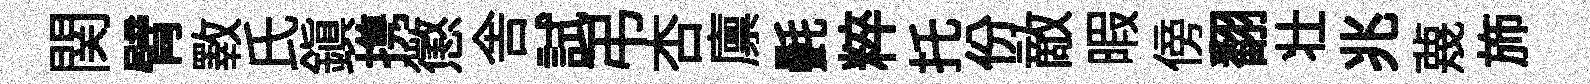
関臂斁氏鎮携懲舎試弔杏廪㲲粹托份敵暇傍翻壮兆蔑斾